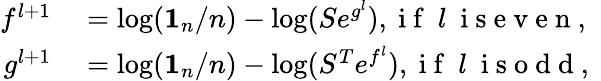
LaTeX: \begin{array}{rl}{f^{l+1}}&{{}=\log(\mathbf{1}_{n}/n)-\log(Se^{g^{l}}),\mathrm{~i~f~}\ l\ \mathrm{~i~s~e~v~e~n~,~}}\\ {g^{l+1}}&{{}=\log(\mathbf{1}_{n}/n)-\log(S^{T}e^{f^{l}}),\mathrm{~i~f~}\ l\ \mathrm{~i~s~o~d~d~,~}}\end{array}